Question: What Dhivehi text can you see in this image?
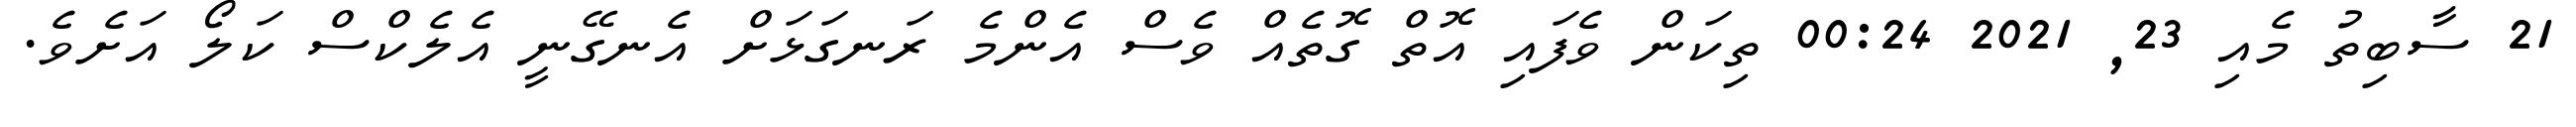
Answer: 21 ސާބިތު މެއި 23, 2021 00:24 ތިކަން ވެފައި އޮތް ގޮތެއް ވެސް އެންމެ ރަނގަޅަށް އެނގޭނީ އެލެކްސް ކަލޯ އަށެވެ.